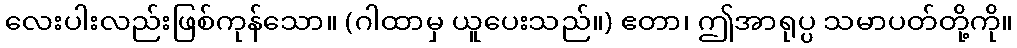
လေးပါးလည်းဖြစ်ကုန်သော။ (ဂါထာမှ ယူပေးသည်။) ဧတာ၊ ဤအာရုပ္ပ သမာပတ်တို့ကို။